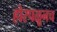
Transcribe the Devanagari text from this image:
होरपळूनच